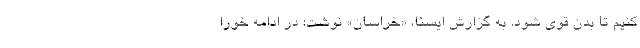
کنیم تا بدن قوی شود. به گزارش ایسنا، «خراسان» نوشت: در ادامه خورا